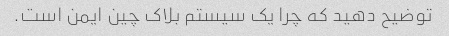
توضیح دهید که چرا یک سیستم بلاک چین ایمن است.